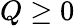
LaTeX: Q\ge 0